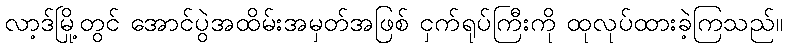
လာ့ဒ်မြို့တွင် အောင်ပွဲအထိမ်းအမှတ်အဖြစ် ငှက်ရုပ်ကြီးကို ထုလုပ်ထားခဲ့ကြသည်။